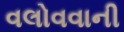
વલોવવાની